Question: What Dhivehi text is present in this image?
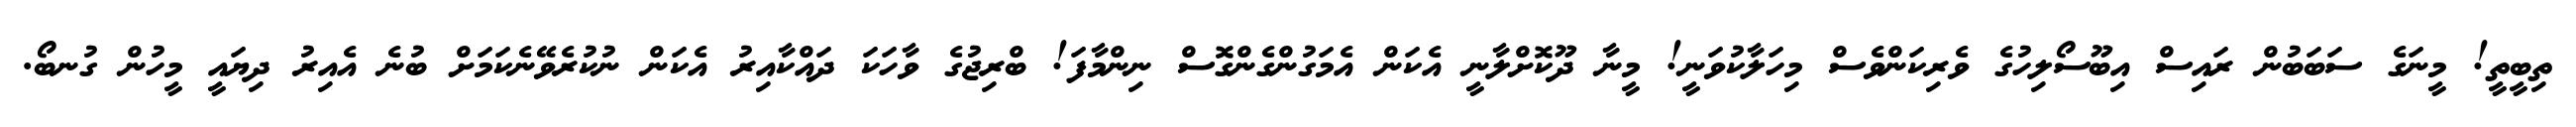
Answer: ތިބީތީ! މީނަގެ ސަބަބުން ރައިސް އިބޫސޯލިހުގެ ވެރިކަންވެސް މިހަލާކުވަނީ! މީނާ ދޫކޮށްލާނީ އެކަން އެމަގުންގެންގޮސް ނިންމާފަ! ބްރިޖުގެ ވާހަކަ ދައްކާއިރު އެކަން ނުކުރެވޭނެކަމަށް ބުނެ އެއިރު ދިޔައީ މީހުން ގުނބޯ.